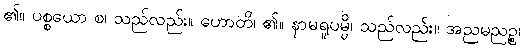
၏။ ပစ္စယော စ၊ သည်လည်း။ ဟောတိ၊ ၏။ နာမရူပမ္ပိ၊ သည်လည်း။ အညမညဉ္စ၊